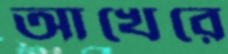
আখেরে